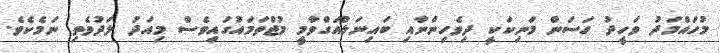
މުހައްމަދު ވަހީދު ހަސަން މަނިކަކީ ދިވެހިންނާއި ބައިނަލްއަގްވާމީ މުޖްތަމައުގައިވެސް މިއަދު ލަދުވެތި ނަމެކެވެ.